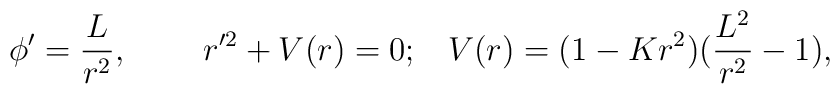
\phi'=\frac{L}{r^2},\;\;\;\;\;\;\;\;r'^2+V(r)=0;\;\;\;V(r)=(1-Kr^2)(\frac{L^2}{r^2}-1),